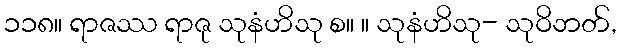
၁၁၈။ ရာဇဿ ရာဇု သုနံဟိသု စ။ ။ သုနံဟိသု- သုဝိဘတ်,